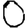
Digit: 0